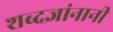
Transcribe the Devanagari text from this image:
शब्दज्ञांनानी